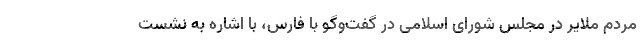
مردم ملایر در مجلس شورای اسلامی در گفت‌وگو با فارس، با اشاره به نشست